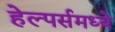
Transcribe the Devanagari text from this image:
हेल्पर्समध्ये